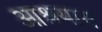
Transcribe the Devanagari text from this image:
आश्रयाय